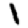
Digit: 1